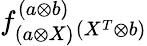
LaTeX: f_{(a\otimes X)}^{(a\otimes b)}{}_{(X^{T}\otimes b)}